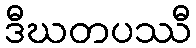
ဒီဃတပဿီ